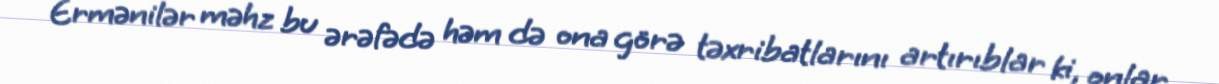
Ermənilər məhz bu ərəfədə həm də ona görə təxribatlarını artırıblar ki, onlar